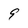
Character: 9